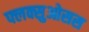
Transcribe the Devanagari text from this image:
फ्लक्सुओसस